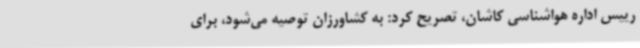
رییس اداره هواشناسی کاشان، تصریح کرد: به کشاورزان توصیه می‌شود، برای